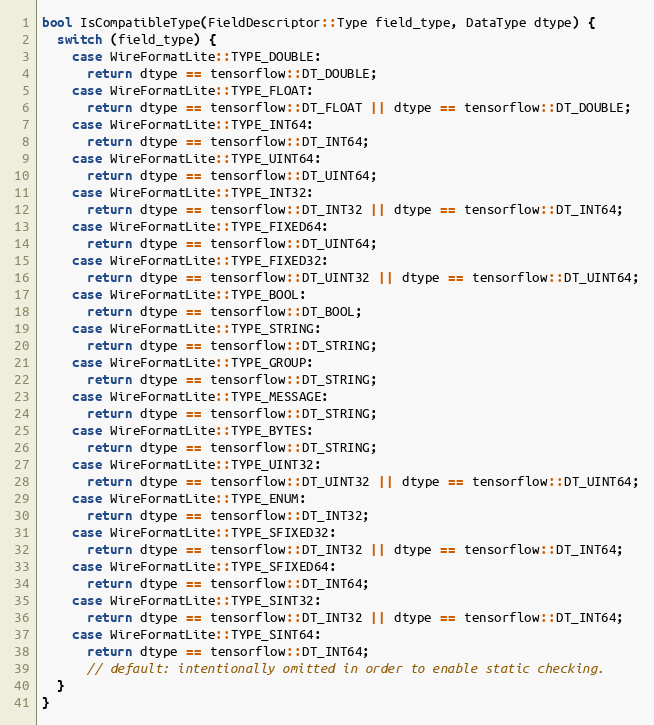
Language: C++
bool IsCompatibleType(FieldDescriptor::Type field_type, DataType dtype) {
  switch (field_type) {
    case WireFormatLite::TYPE_DOUBLE:
      return dtype == tensorflow::DT_DOUBLE;
    case WireFormatLite::TYPE_FLOAT:
      return dtype == tensorflow::DT_FLOAT || dtype == tensorflow::DT_DOUBLE;
    case WireFormatLite::TYPE_INT64:
      return dtype == tensorflow::DT_INT64;
    case WireFormatLite::TYPE_UINT64:
      return dtype == tensorflow::DT_UINT64;
    case WireFormatLite::TYPE_INT32:
      return dtype == tensorflow::DT_INT32 || dtype == tensorflow::DT_INT64;
    case WireFormatLite::TYPE_FIXED64:
      return dtype == tensorflow::DT_UINT64;
    case WireFormatLite::TYPE_FIXED32:
      return dtype == tensorflow::DT_UINT32 || dtype == tensorflow::DT_UINT64;
    case WireFormatLite::TYPE_BOOL:
      return dtype == tensorflow::DT_BOOL;
    case WireFormatLite::TYPE_STRING:
      return dtype == tensorflow::DT_STRING;
    case WireFormatLite::TYPE_GROUP:
      return dtype == tensorflow::DT_STRING;
    case WireFormatLite::TYPE_MESSAGE:
      return dtype == tensorflow::DT_STRING;
    case WireFormatLite::TYPE_BYTES:
      return dtype == tensorflow::DT_STRING;
    case WireFormatLite::TYPE_UINT32:
      return dtype == tensorflow::DT_UINT32 || dtype == tensorflow::DT_UINT64;
    case WireFormatLite::TYPE_ENUM:
      return dtype == tensorflow::DT_INT32;
    case WireFormatLite::TYPE_SFIXED32:
      return dtype == tensorflow::DT_INT32 || dtype == tensorflow::DT_INT64;
    case WireFormatLite::TYPE_SFIXED64:
      return dtype == tensorflow::DT_INT64;
    case WireFormatLite::TYPE_SINT32:
      return dtype == tensorflow::DT_INT32 || dtype == tensorflow::DT_INT64;
    case WireFormatLite::TYPE_SINT64:
      return dtype == tensorflow::DT_INT64;
      // default: intentionally omitted in order to enable static checking.
  }
}